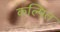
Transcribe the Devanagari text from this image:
कल्‍पित